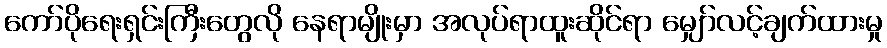
ကော်ပိုရေးရှင်းကြီးတွေလို နေရာမျိုးမှာ အလုပ်ရာထူးဆိုင်ရာ မျှော်လင့်ချက်ထားမှု